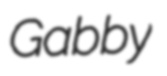
Gabby